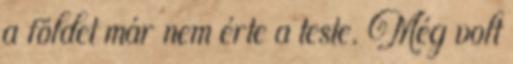
a földet már nem érte a teste. Még volt